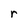
Character: r